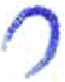
אות: ר